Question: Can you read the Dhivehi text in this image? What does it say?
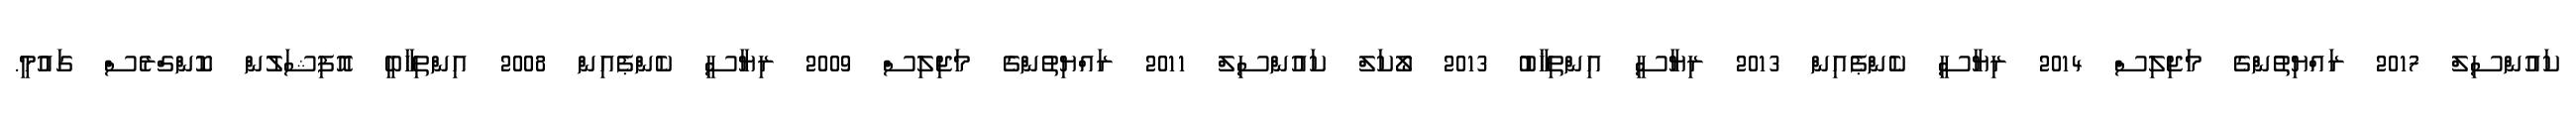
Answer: ކައުންސިލް 2017 ރައްޔިތުންގެ މަޖިލިސް 2014 ރިޔާސީ ކެންޕެއިން 2013 ރިޔާސީ އިންތިޚާބު 2013 ލޯކަލް ކައުންސިލް 2011 ރައްޔިތުންގެ މަޖިލިސް 2009 ރިޔާސީ ކެންޕެއިން 2008 އިންތިހާބީ އޮފިޝަލުން ކޮންގްރެސް ގައުމީ.